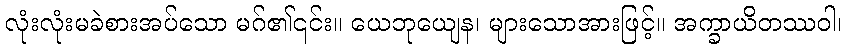
လုံးလုံးမခဲစားအပ်သော မဂ်၏၎င်း။ ယေဘုယျေန၊ များသောအားဖြင့်။ အက္ခာယိတဿဝါ၊